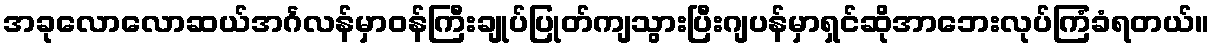
အခုလောလောဆယ်အင်္ဂလန်မှာဝန်ကြီးချုပ်ပြုတ်ကျသွားပြီးဂျပန်မှာရှင်ဆိုအာဘေးလုပ်ကြံခံရတယ်။